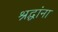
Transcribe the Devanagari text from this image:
श्रद्घांना